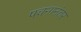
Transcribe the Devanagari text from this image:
पचनानंतर